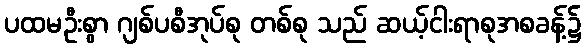
ပထမဦးစွာ ဂျစ်ပစီအုပ်စု တစ်စု သည် ဆယ့်ငါးရာစုအစခန့်၌